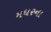
મધરના